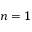
n = 1